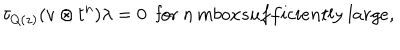
LaTeX: \tau _ { Q ( z ) } ( v \otimes t ^ { n } ) \lambda = 0 \ \ \mathrm { f o r } \ n \, m b o x { s u f f i c i e n t l y \ l a r g e } ,